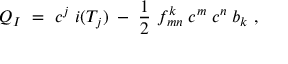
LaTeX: Q _ { I } \ = \ c ^ { j } \; i ( T _ { j } ) \; - \; \frac 1 2 \ f _ { m n } ^ { k } \; c ^ { m } \; c ^ { n } \; b _ { k } \ ,